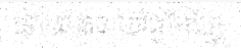
ទៅនោះទេ ទៅតួអែហ្វែ